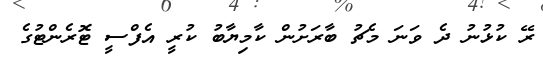
ރޭ ކުޅުނު ދެ ވަނަ މެޗު ބާރަށުން ކާމިޔާބު ކުރީ އެފްސީ ޓޮރެންޓުގެ